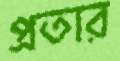
প্রতার